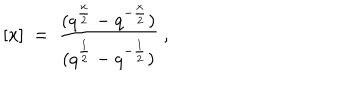
[ x ] ~ = ~ { \frac { ( q ^ { \frac x 2 } - q ^ { - \frac x 2 } ) } { ( q ^ { \frac 1 2 } - q ^ { - \frac 1 2 } ) } } ~ ,